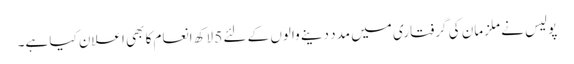
پولیس نے ملزمان کی گرفتاری میں مدد دینے والوں کے لئے 5 لاکھ انعام کا بھی اعلان کیا ہے۔